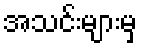
အသင်းများမှ